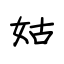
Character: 姑